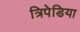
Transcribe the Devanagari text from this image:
त्रिपेडिया